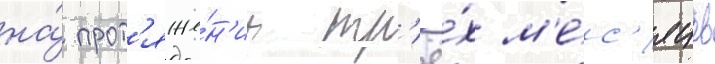
на́ прот'яже́н'ии тр'ё́х м'е́с'яцев